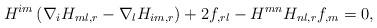
LaTeX: \begin{align*} H^{im}\left(\nabla_i H_{ml,r} - \nabla_l H_{im,r}\right) + 2f_{,rl} - H^{mn}H_{nl,r}f_{,m} = 0,\end{align*}